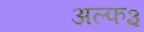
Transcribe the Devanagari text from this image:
अल्फ३